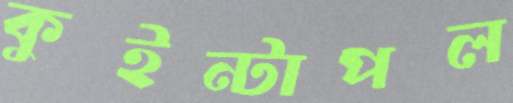
কুইন্টাপল